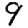
Digit: 9